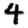
Digit: 4